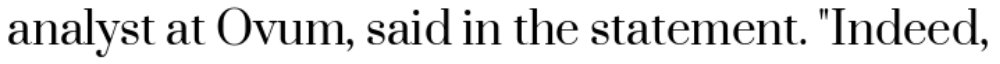
analyst at Ovum, said in the statement. "Indeed,